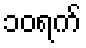
၁၀ရက်